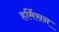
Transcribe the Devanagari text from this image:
हर्मिसन